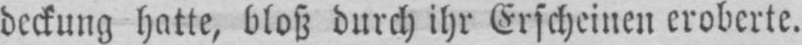
deckung hatte, bloß durch ihr Erscheinen eroberte.